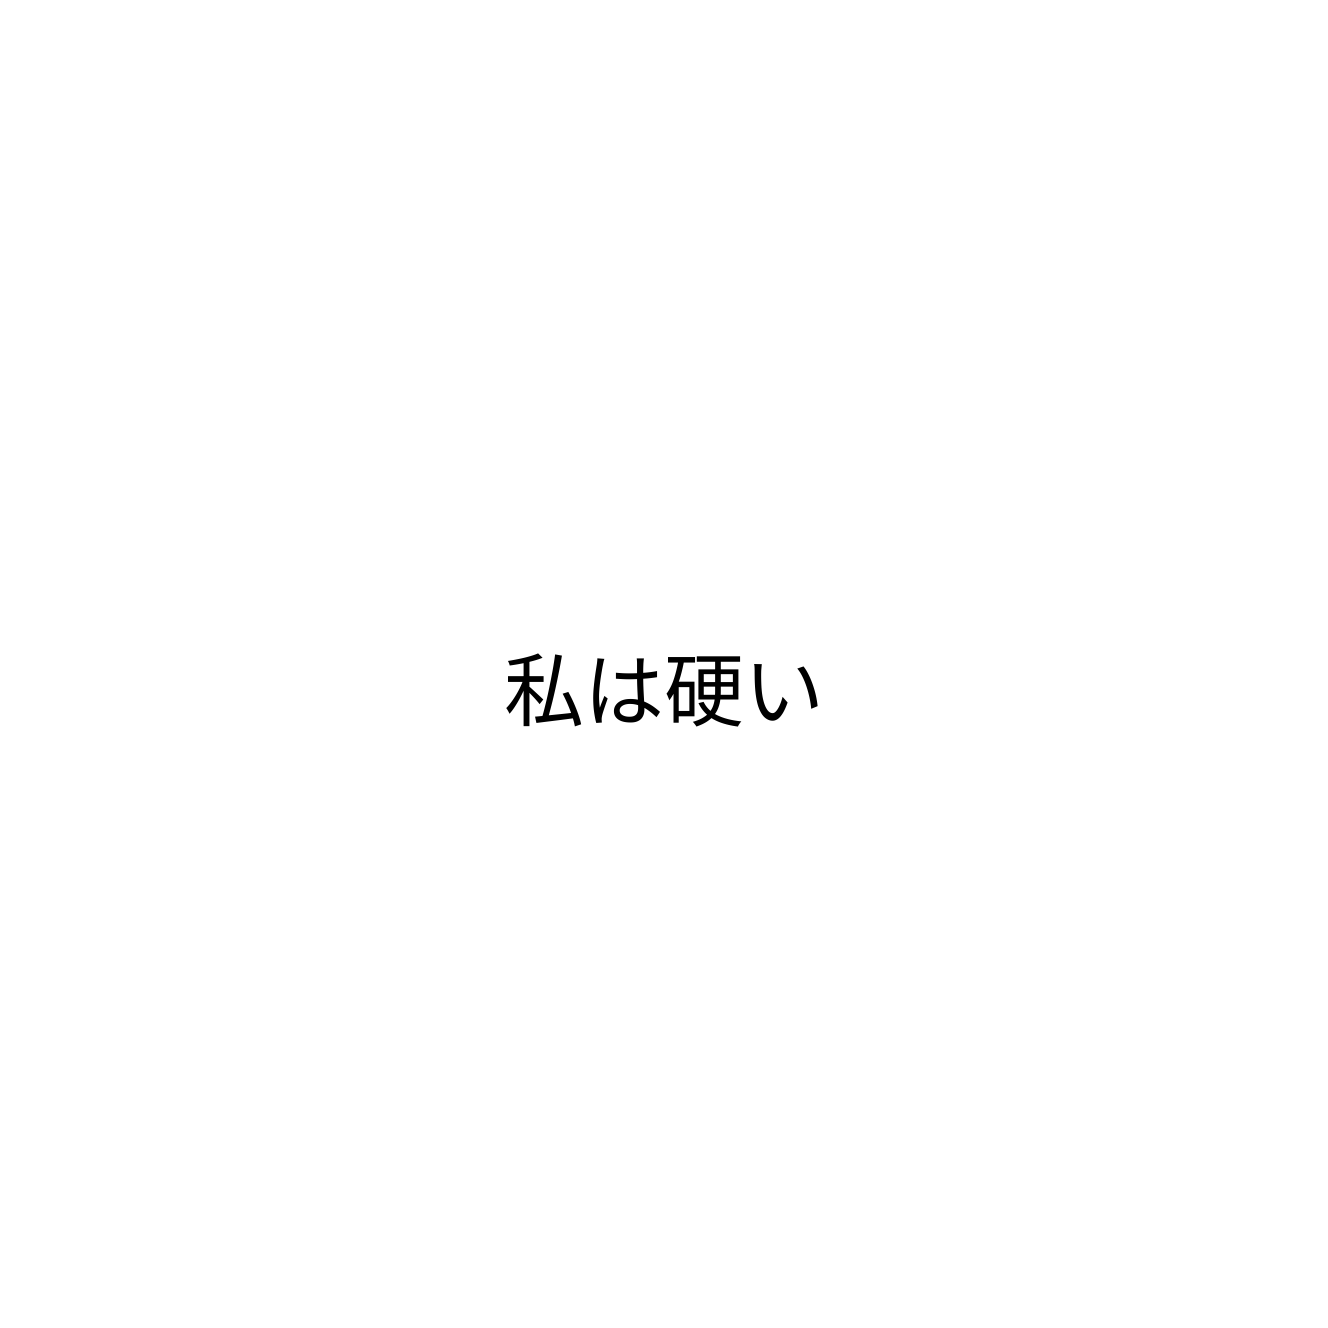
私は硬い